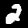
Label: 2